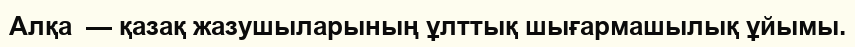
Алқа  — қазақ жазушыларының ұлттық шығармашылық ұйымы.